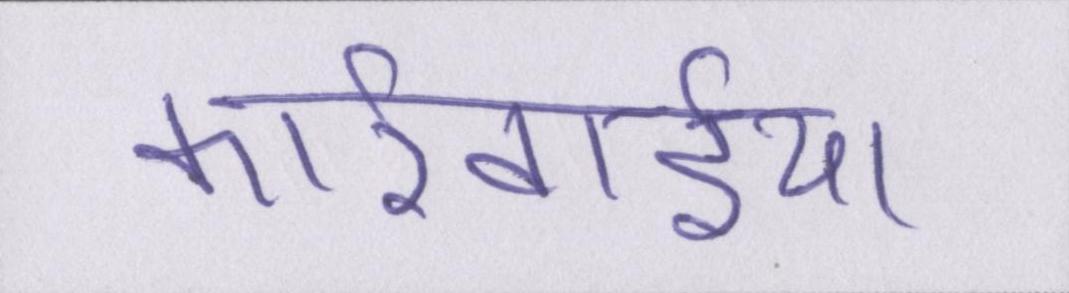
कार्रवाईयां